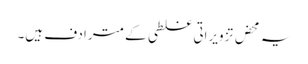
یہ محض تزویراتی غلطی کے مترادف ہیں۔